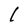
Character: I